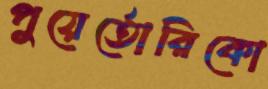
পুয়ের্তোরিকো